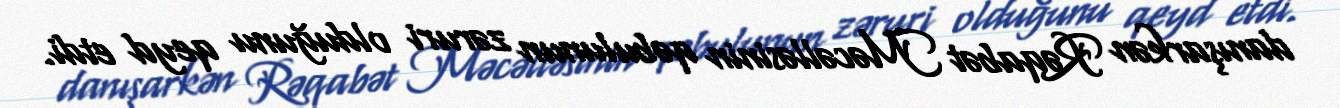
danışarkən Rəqabət Məcəlləsinin qəbulunun zəruri olduğunu qeyd etdi.